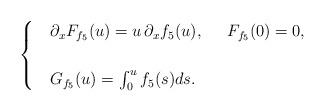
LaTeX: \begin{align*}\begin{aligned}\begin{cases}&\partial_xF_{f_5}(u) =u\,\partial_xf_5(u),\;\;\;\;\;F_{f_5}(0)=0,\\\\&G_{f_5}(u)=\int_0^uf_5(s)ds.\end{cases}\end{aligned}\end{align*}